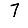
Digit: 7